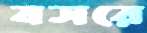
বসরে